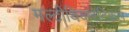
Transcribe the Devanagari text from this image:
मल्टीथियोरेटिकल